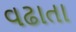
વઢાતા